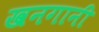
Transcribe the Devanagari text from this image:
खनगानी